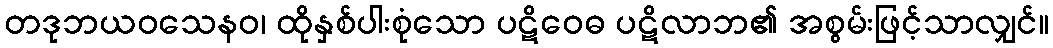
တဒုဘယဝသေနဝ၊ ထိုနှစ်ပါးစုံသော ပဋိဝေဓ ပဋိလာဘ၏ အစွမ်းဖြင့်သာလျှင်။